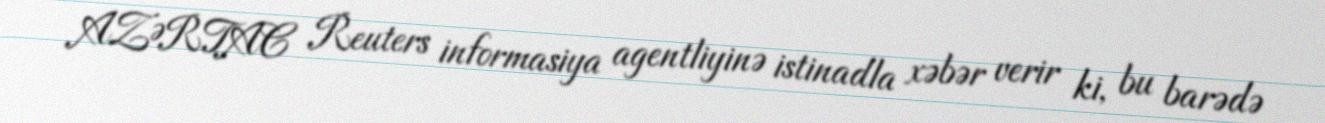
AZƏRTAC Reuters informasiya agentliyinə istinadla xəbər verir ki, bu barədə